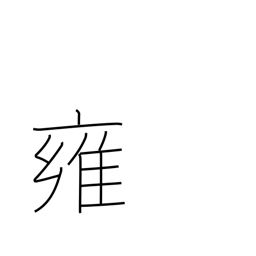
Meaning: mitigation